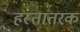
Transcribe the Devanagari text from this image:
हस्तांतरक